King Institute of Preventive Medicine Micro-Biological Section reports 1912-19
Year: 1912
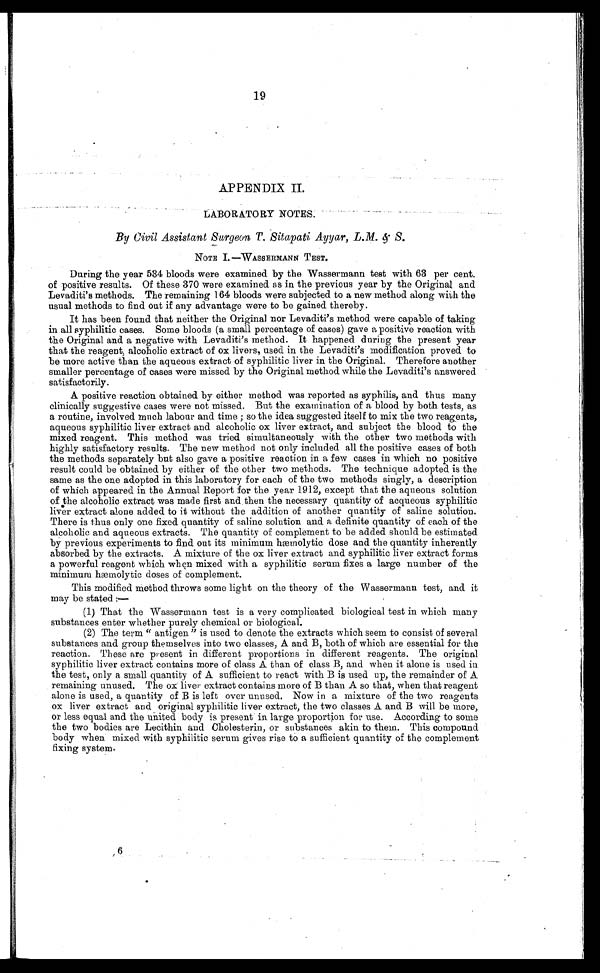
APPENDIX II.
LABORATORY NOTES.
By Civil Assistant Surgeon T. Sitapati Ayyar, L.M. & S.
NOTE I.—WASSERMANN TEST.
During the year 534 bloods were examined by the Wassermann test with 63 per cent.
of positive results. Of these 370 were examined as in the previous year by the Original and
Levaditi's methods. The remaining 164 bloods were subjected to a new method along with the
usual methods to find out if any advantage were to be gained thereby.
It has been found that neither the Original nor Levaditi's method were capable of taking
in all syphilitic cases. Some bloods (a small percentage of cases) gave a positive reaction with
the Original and a negative with Levaditi's method. It happened during the present year
that the reagent; alcoholic extract of ox livers, used in the Levaditi's modification proved to
be more active than the aqueous extract of syphilitic liver in the Original. Therefore another
smaller percentage of cases were missed by the Original method while the Levaditi's answered
satisfactorily.
A positive reaction obtained by either method was reported as syphilis, and thus many
clinically suggestive cases were not missed. But the examination of a blood by both tests, as
a routine, involved much labour and time ; so the idea suggested itself to mix the two reagents,
aqueous syphilitic liver extract and alcoholic ox liver extract, and subject the blood to the
mixed reagent. This method was tried simultaneously with the other two methods with
highly satisfactory results. The new method not only included all the positive cases of both
the methods separately but also gave a positive reaction in a few cases in which no positive
result could be obtained by either of the other two methods. The technique adopted is the
same as the one adopted in this laboratory for each of the two methods singly, a description
of which appeared in the Annual Report for the year 1912, except that the aqueous solution
of the alcoholic extract was made first and then the necessary quantity of acqueous syphilitic
liver extract alone added to it without the addition of another quantity of saline solution.
There is thus only one fixed quantity of saline solution and a definite quantity of each of the
alcoholic and aqueous extracts. The quantity of complement to be added should be estimated
by previous experiments to find out its minimum hæmolytic dose and the quantity inherently
absorbed by the extracts. A mixture of the ox liver extract and syphilitic liver extract forms
a powerful reagent which when. mixed with a syphilitic serum fixes a large number of the
minimum hæmolytic doses of complement.
This modified Method throws some light on the theory of the Wassermann test, and it
may be stated :—
(1) That the Wassermann test is a very complicated biological test in which many
substances enter whether purely chemical or biological.
(2) The term " antigen" is used to denote the extracts which seem to consist of several
substances and group themselves into two classes, A and B, both of which are essential for the
reaction. These are present in different proportions in different reagents. The original
syphilitic liver extract contains more of class A than of class B, and when it alone is used in
the test, only a small quantity of A sufficient to react with B is used up, the remainder of A
remaining unused. The ox liver extract contains more of B than A so that, when that reagent
alone is used, a quantity of B is left over unused. Now in a mixture of the two reagents
ox liver extract and original syphilitic liver extract, the two classes A and B will be more,
or less equal and. the united body is present in large. proportion for use. According to some
the two bodies are Lecithin and Cholesterin, or substances akin to them. This compound
body when. mixed with syphilitic serum gives rise to a sufficient quantity of the complement
fixing system.